Scottish Certificate of Education, 1963
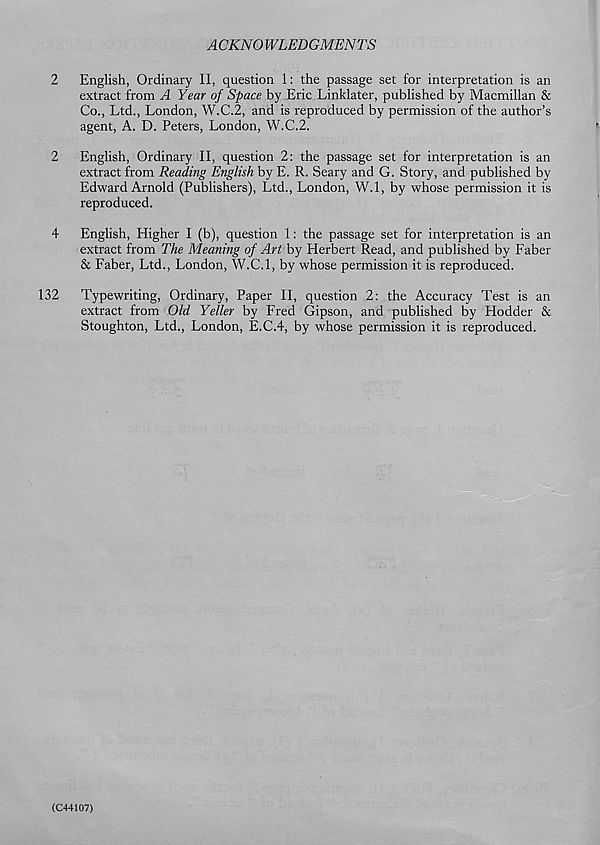
ACKNO WLEDGMENTS
2
English, Ordinary II, question 1: the passage set for interpretation is an
extract from A Year of Space by Eric Linklater, published by Macmillan &
Co., Ltd., London, W.C.2, and is reproduced by permission of the author’s
agent, A. D. Peters, London, W.C.2.
2
English, Ordinary II, question 2: the passage set for interpretation is an
extract from Reading English by E. R. Seary and G. Story, and published by
Edward Arnold (Publishers), Ltd., London, W.l, by whose permission it is
reproduced.
4
English, Higher I (b), question 1: the passage set for interpretation is an
extract from The Meaning of Art by Herbert Read, and published by Faber
& Faber, Ltd., London, W.C.l, by whose permission it is reproduced.
132
Typewriting, Ordinary, Paper II, question 2: the Accuracy Test is an
extract from Old Yeller by Fred Gipson, and published by Hodder &
Stoughton, Ltd., London, E.C.4, by whose permission it is reproduced.
(C44107)